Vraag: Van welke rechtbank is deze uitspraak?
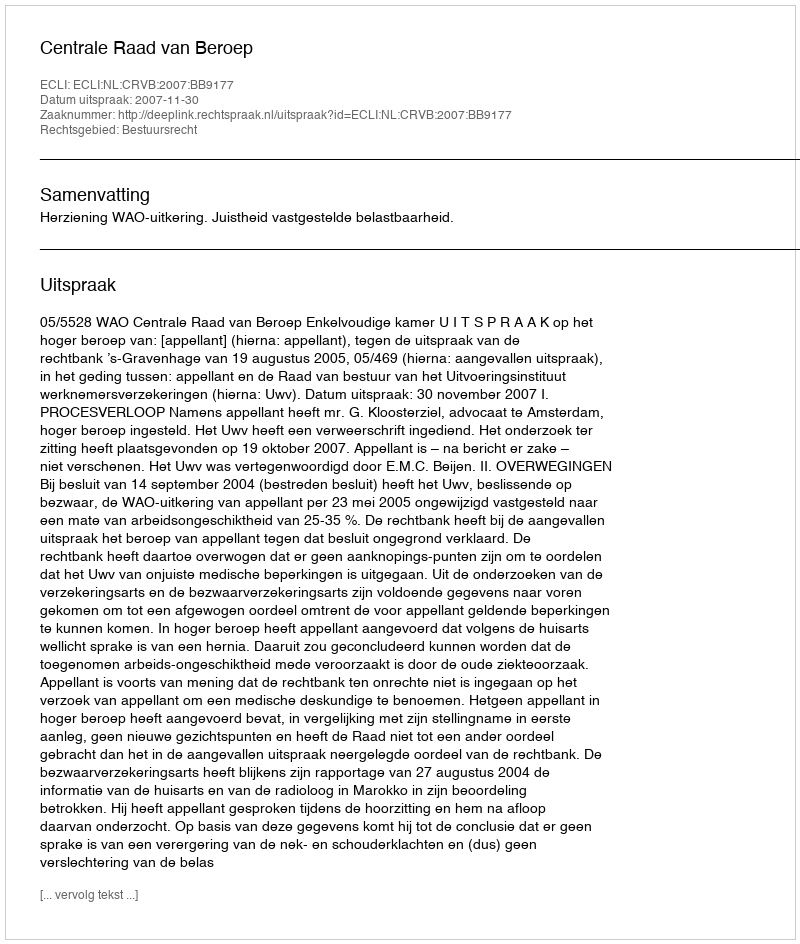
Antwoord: Centrale Raad van Beroep